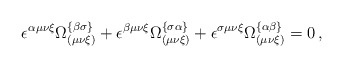
\begin{align*}\epsilon ^{\alpha \mu \nu \xi }\Omega _{\left( \mu \nu \xi \right)}^{\left\{ \beta \sigma \right\} }+\epsilon ^{\beta \mu \nu \xi }\Omega_{\left( \mu \nu \xi \right) }^{\left\{ \sigma \alpha \right\} }+\epsilon^{\sigma \mu \nu \xi }\Omega _{\left( \mu \nu \xi \right) }^{\left\{ \alpha\beta \right\} }=0\,, \end{align*}